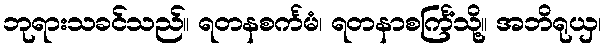
ဘုရားသခင်သည်။ ရတနစင်္ကမံ၊ ရတနာစင်္ကြံသို့။ အဘိရုယှ၊